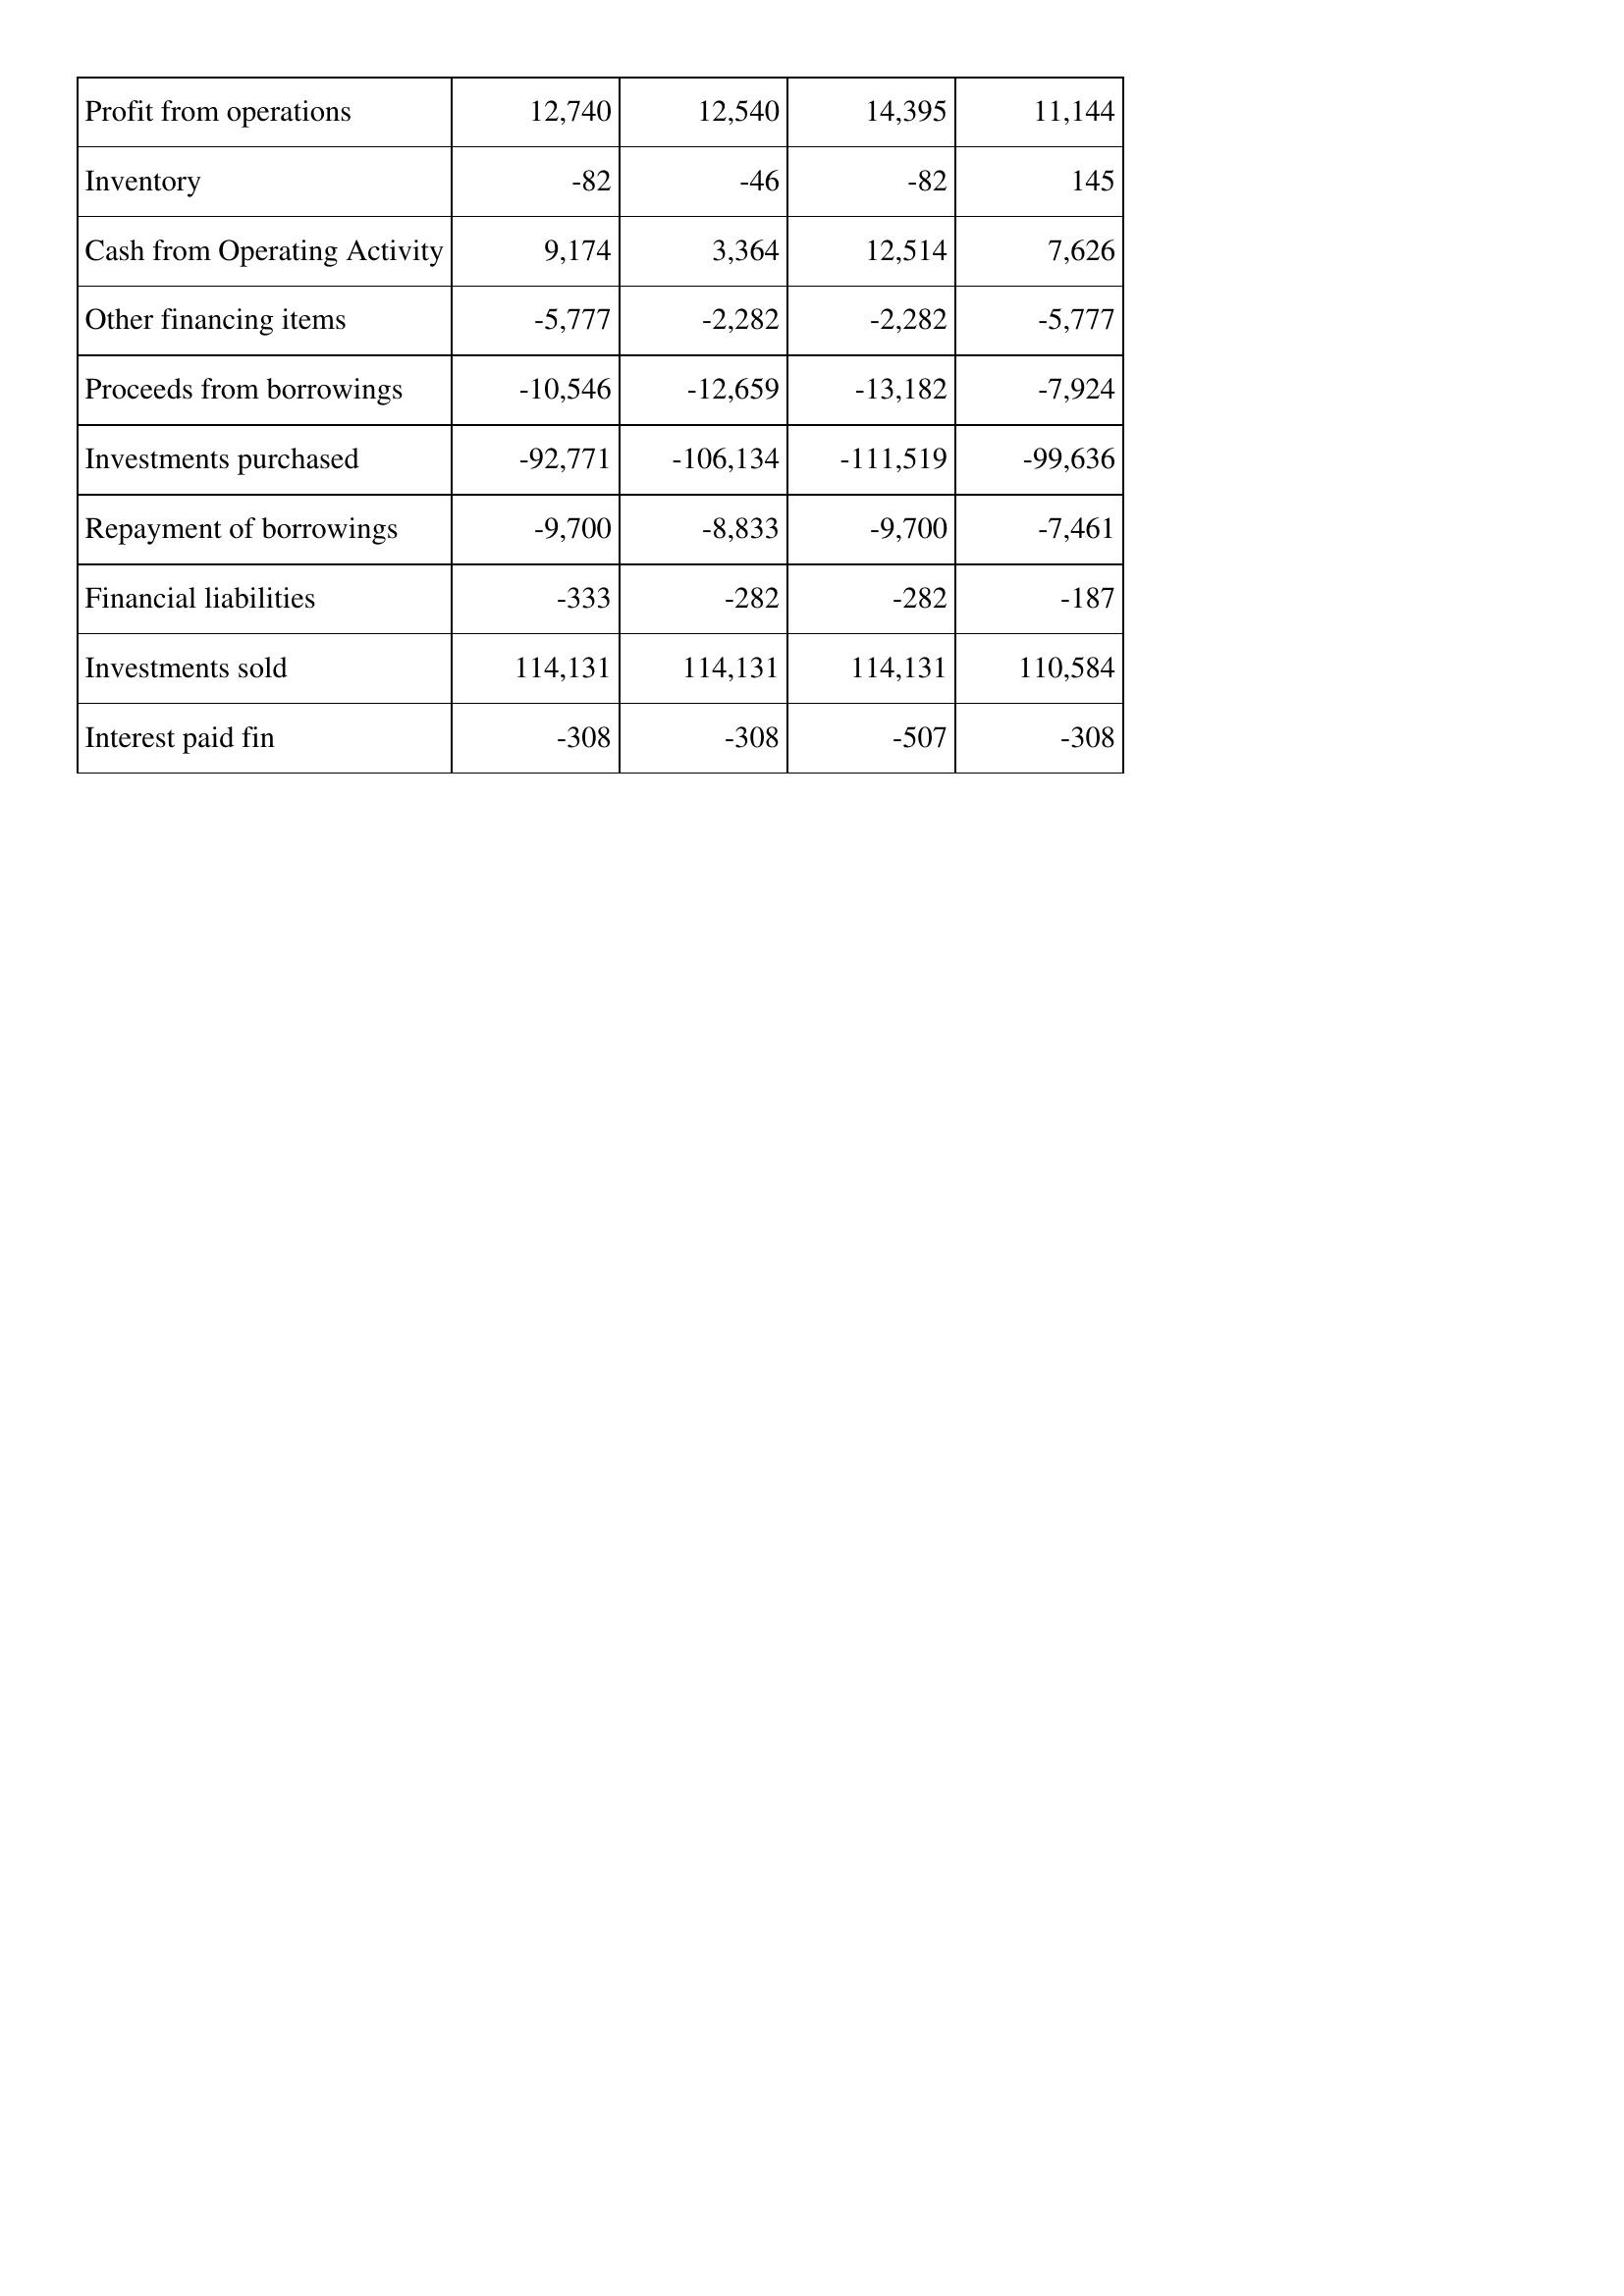
Feb-05: Cash Flows: Profit from operations: 12,740
Inventory: -82
Cash from Operating Activity: 9,174
Other financing items: -5,777
Proceeds from borrowings: -10,546
Investments purchased: -92,771
Repayment of borrowings: -9,700
Financial liabilities: -333
Investments sold: 114,131
Interest paid fin: -308
Feb-06: Cash Flows: Profit from operations: 12,540
Inventory: -46
Cash from Operating Activity: 3,364
Other financing items: -2,282
Proceeds from borrowings: -12,659
Investments purchased: -106,134
Repayment of borrowings: -8,833
Financial liabilities: -282
Investments sold: 114,131
Interest paid fin: -308
Feb-07: Cash Flows: Profit from operations: 14,395
Inventory: -82
Cash from Operating Activity: 12,514
Other financing items: -2,282
Proceeds from borrowings: -13,182
Investments purchased: -111,519
Repayment of borrowings: -9,700
Financial liabilities: -282
Investments sold: 114,131
Interest paid fin: -507
Feb-08: Cash Flows: Profit from operations: 11,144
Inventory: 145
Cash from Operating Activity: 7,626
Other financing items: -5,777
Proceeds from borrowings: -7,924
Investments purchased: -99,636
Repayment of borrowings: -7,461
Financial liabilities: -187
Investments sold: 110,584
Interest paid fin: -308